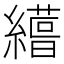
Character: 𮉊